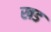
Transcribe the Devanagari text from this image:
खड